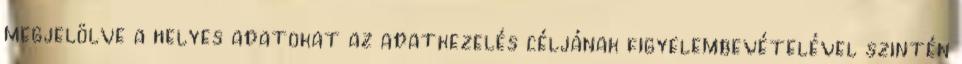
megjelölve a helyes adatokat az adatkezelés céljának figyelembevételével szintén